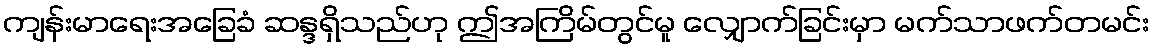
ကျန်းမာရေးအခြေခံ ဆန္ဒရှိသည်ဟု ဤအကြိမ်တွင်မူ လျှောက်ခြင်းမှာ မက်သာဖက်တမင်း